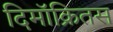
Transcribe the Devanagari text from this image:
दिमॉक्रितस